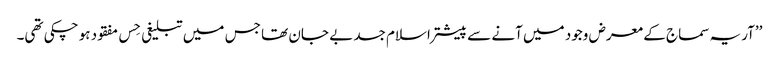
’’آریہ سماج کے معرض وجود میں آنے سے پیشتر اسلام جسد بے جان تھا جس میں تبلیغی حِس مفقود ہو چکی تھی۔